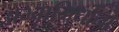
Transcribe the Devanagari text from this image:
अभ्वाभिधाना